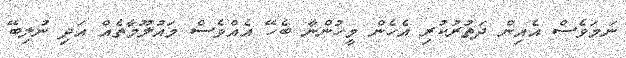
ނަމަވެސް އެއިން ދަތުރުކުރި އެހެން މީހުންނާ ބެހޭ އެއްވެސް މައުލޫމާތެއް އަދި ނުލިބޭ